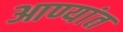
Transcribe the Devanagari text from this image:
आण्यांत